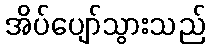
အိပ်ပျော်သွားသည်